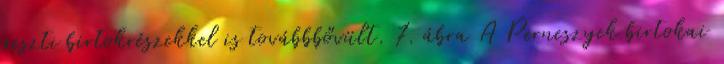
geszti birtokrészekkel is továbbbővült. 7. ábra A Perneszyek birtokai